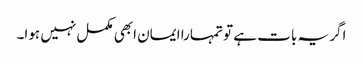
اگر یہ بات ہے تو تمہارا ایمان ابھی مکمل نہیں ہوا۔